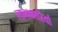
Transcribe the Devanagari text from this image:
लाभकारियों